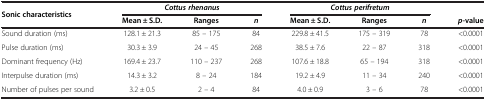
<table><thead><tr><td rowspan="2"><b>Sonic characteristics</b></td><td colspan="3"><b><i>Cottus rhenanus</i></b></td><td colspan="3"><b><i>Cottus perifretum</i></b></td><td><b> </b></td></tr><tr><td><b>Mean ± S.D.</b></td><td><b>Ranges</b></td><td><b><i>n</i></b></td><td><b>Mean ± S.D.</b></td><td><b>Ranges</b></td><td><b><i>n</i></b></td><td><b><i>p</i>-value</b></td></tr></thead><tbody><tr><td>Sound duration (ms)</td><td>128.1 ± 21.3</td><td>85 – 175</td><td>84</td><td>229.8 ± 41.5</td><td>175 – 319</td><td>78</td><td>&lt;0.0001</td></tr><tr><td>Pulse duration (ms)</td><td>30.3 ± 3.9</td><td>24 – 45</td><td>268</td><td>38.5 ± 7.6</td><td>22 – 87</td><td>318</td><td>&lt;0.0001</td></tr><tr><td>Dominant frequency (Hz)</td><td>169.4 ± 23.7</td><td>110 – 237</td><td>268</td><td>107.6 ± 18.8</td><td>65 – 194</td><td>318</td><td>&lt;0.0001</td></tr><tr><td>Interpulse duration (ms)</td><td>14.3 ± 3.2</td><td>8 – 24</td><td>184</td><td>19.2 ± 4.9</td><td>11 – 34</td><td>240</td><td>&lt;0.0001</td></tr><tr><td>Number of pulses per sound</td><td>3.2 ± 0.5</td><td>2 – 4</td><td>84</td><td>4.0 ± 0.9</td><td>3 – 6</td><td>78</td><td>&lt;0.0001</td></tr></tbody></table>